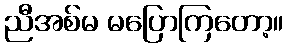
ညီအစ်မ မပြောကြတော့။